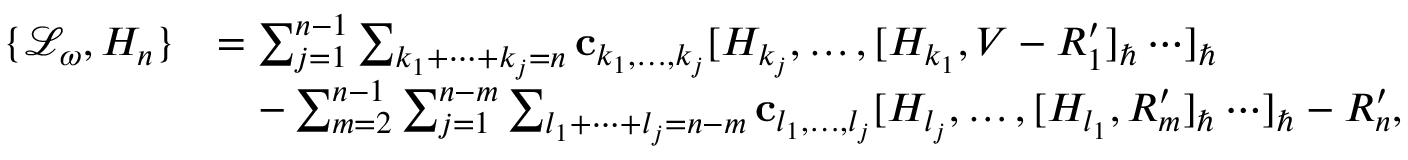
\begin{array} { r l } { \{ \mathcal { L } _ { \omega } , H _ { n } \} } & { = \sum _ { j = 1 } ^ { n - 1 } \sum _ { k _ { 1 } + \cdots + k _ { j } = n } \mathbf { c } _ { k _ { 1 } , \ldots , k _ { j } } [ H _ { k _ { j } } , \ldots , [ H _ { k _ { 1 } } , V - R _ { 1 } ^ { \prime } ] _ { \hbar } \cdots ] _ { \hbar } } \\ & { \quad - \sum _ { m = 2 } ^ { n - 1 } \sum _ { j = 1 } ^ { n - m } \sum _ { l _ { 1 } + \cdots + l _ { j } = n - m } \mathbf { c } _ { l _ { 1 } , \ldots , l _ { j } } [ H _ { l _ { j } } , \ldots , [ H _ { l _ { 1 } } , R _ { m } ^ { \prime } ] _ { \hbar } \cdots ] _ { \hbar } - R _ { n } ^ { \prime } , } \end{array}